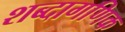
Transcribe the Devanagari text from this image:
शब्दागणिक